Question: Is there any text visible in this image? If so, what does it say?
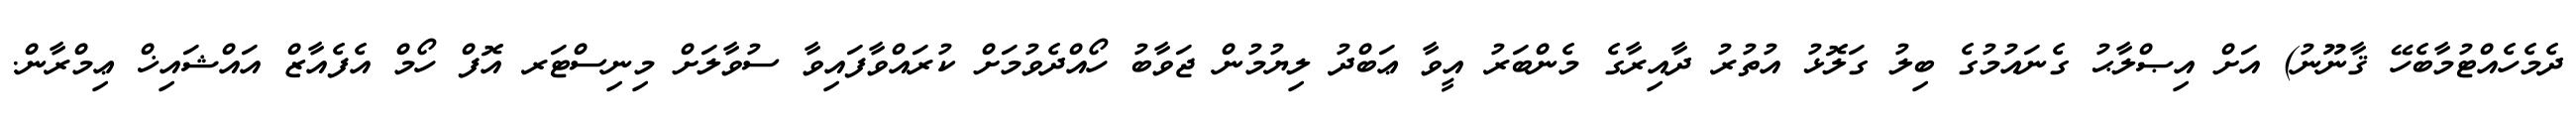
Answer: ދެމެހެއްޓުމާބެހޭ ޤާނޫނު) އަށް އިޞްލާޙު ގެނައުމުގެ ބިލު ގަލޮޅު އުތުރު ދާއިރާގެ މެންބަރު އީވާ ޢަބްދު ލިޔުމުން ޖަވާބު ހޯއްދެވުމަށް ކުރައްވާފައިވާ ސުވާލަށް މިނިސްޓަރ އޮފް ހޯމް އެފެއާޒް އައްޝައިޚް ޢިމްރާން.